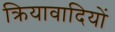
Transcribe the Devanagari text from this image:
क्रियावादियों